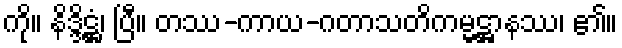
ကို။ နိဒ္ဒိဋ္ဌံ၊ ပြီ။ တဿ-ကာယ-ဂတာသတိကမ္မဋ္ဌာနဿ၊ ၏။